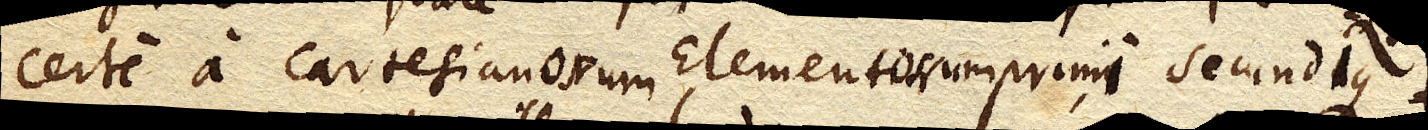
certe a Cartesianorum Elementorum primi secundique